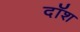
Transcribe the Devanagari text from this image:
दॉश